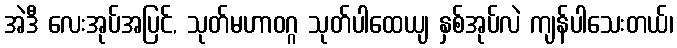
အဲဒီ လေးအုပ်အပြင်, သုတ်မဟာဝဂ္ဂ သုတ်ပါထေယျ နှစ်အုပ်လဲ ကျန်ပါသေးတယ်၊